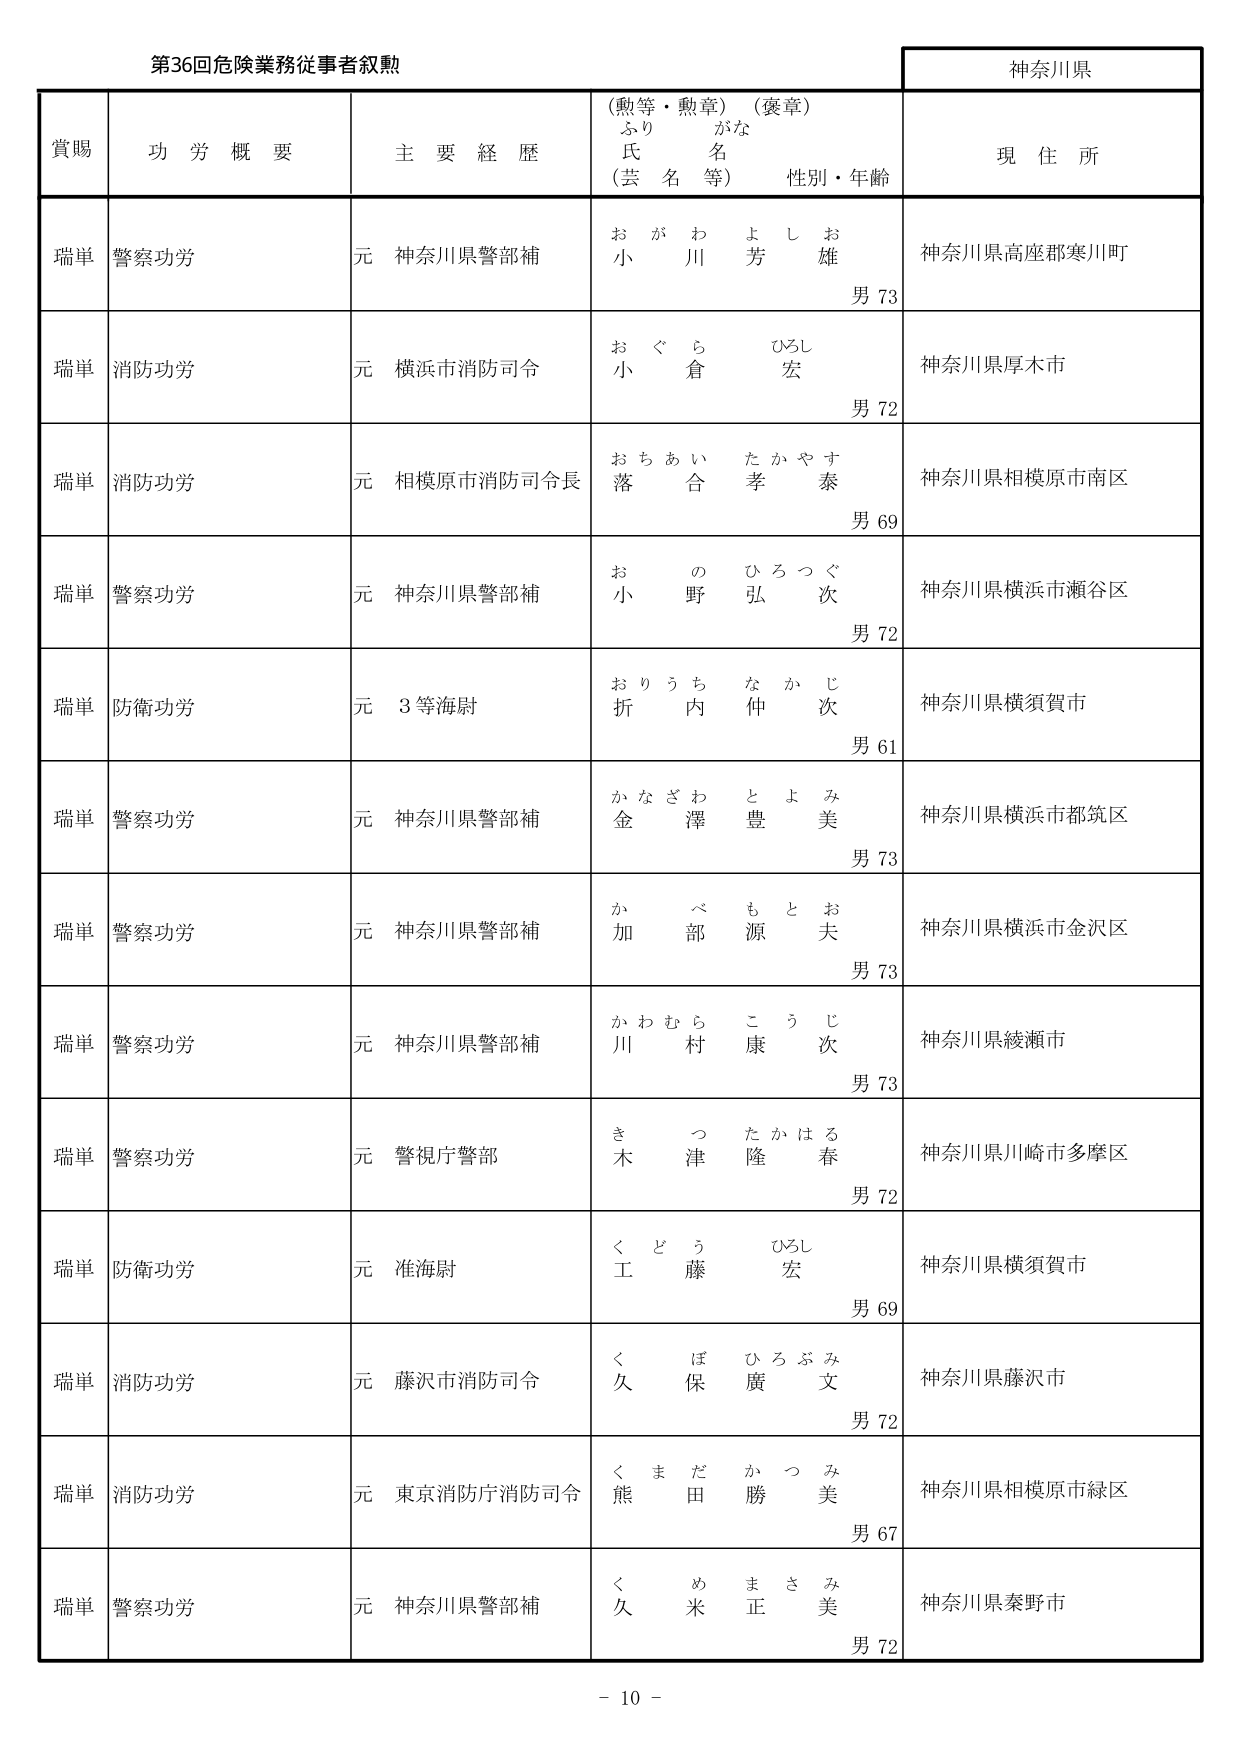
第36回危険業務従事者叙勲

神奈川県

賞賜　　功労概要　　主要経歴　　（勲等・勲章）（褒章）　　現住所
　　　　　　　　　　　　ふりがな